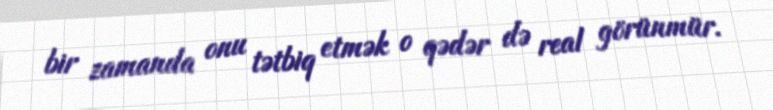
bir zamanda onu tətbiq etmək o qədər də real görünmür.